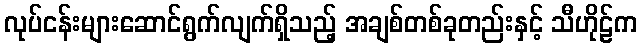
လုပ်ငန်းများဆောင်ရွက်လျက်ရှိသည့် အချစ်တစ်ခုတည်းနှင့် သီဟိုဠ်က